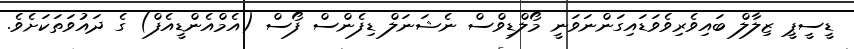
ޑީސީޕީ ޒިލާލް ބައިވެރިވެވަޑައިގަންނަވަނީ މޯލްޑިވްސް ނެޝަނަލް ޑިފެންސް ފޯސް (އެމްއެންޑީއެފް) ގެ ދައުވަތަކަށެވެ.